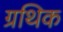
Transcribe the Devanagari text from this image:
ग्रथिक